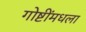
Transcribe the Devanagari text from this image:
गोष्टींमधला